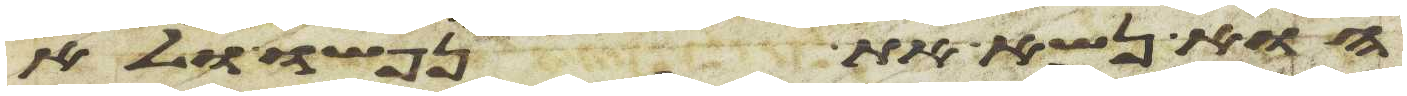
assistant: הוא נשא את נפשו ולא